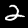
Digit: 2